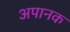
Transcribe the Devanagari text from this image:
अपानक